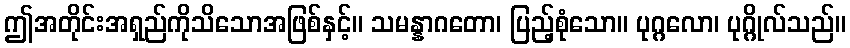
ဤအတိုင်းအရှည်ကိုသိသောအဖြစ်နှင့်။ သမန္နာဂတော၊ ပြည့်စုံသော။ ပုဂ္ဂလော၊ ပုဂ္ဂိုလ်သည်။